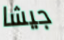
جيشا